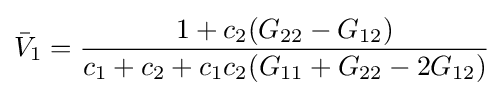
{\bar {V}}_{1}={\frac {1+c_{2}(G_{22}-G_{12})}{c_{1}+c_{2}+c_{1}c_{2}(G_{11}+G_{22}-2G_{12})}}